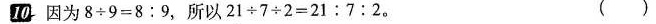
10.因为8÷9=8:9，所以21÷7÷2=21:7:2。()